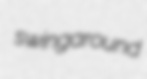
swingaround